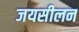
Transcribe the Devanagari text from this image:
जयसीलन